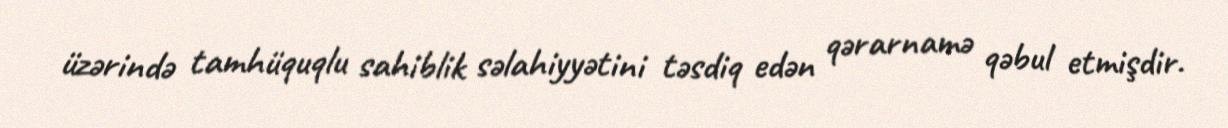
üzərində tamhüquqlu sahiblik səlahiyyətini təsdiq edən qərarnamə qəbul etmişdir.